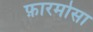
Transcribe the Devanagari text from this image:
फ़ारमोसा